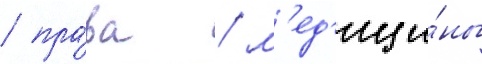
/ пра́ва / м'ед'ици́ны